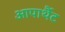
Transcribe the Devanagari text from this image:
आपार्थैट